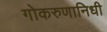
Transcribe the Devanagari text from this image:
गोकरुणानिधी